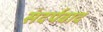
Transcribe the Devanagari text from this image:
संदर्पवाद